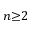
n { \geq } 2